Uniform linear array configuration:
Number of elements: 16
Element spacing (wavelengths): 0.75
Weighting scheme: exponential
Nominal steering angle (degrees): -45
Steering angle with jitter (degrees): -44.656
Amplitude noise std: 0.05
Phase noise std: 0.05

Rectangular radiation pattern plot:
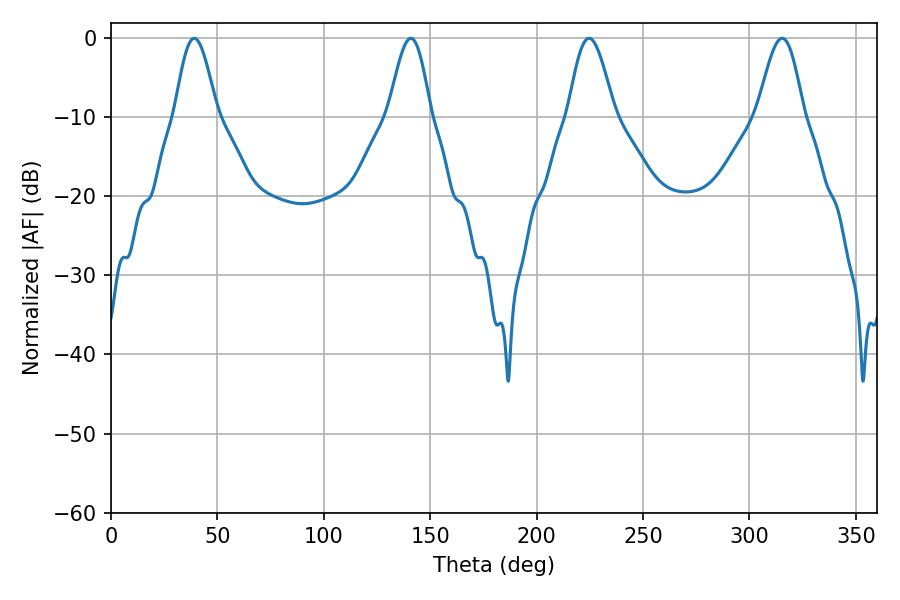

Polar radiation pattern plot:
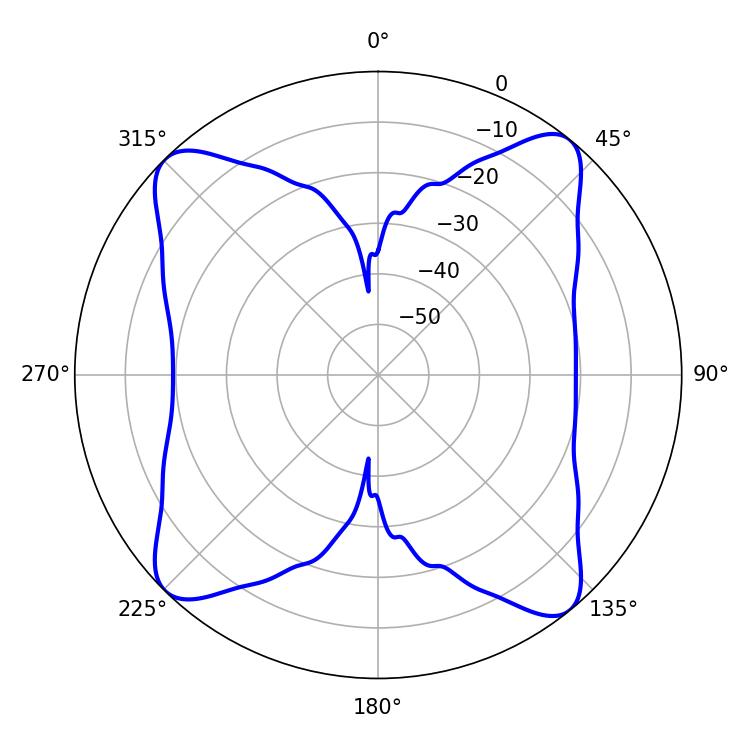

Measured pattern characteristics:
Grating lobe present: TRUE
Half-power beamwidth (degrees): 11.7
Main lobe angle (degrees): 224.64